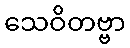
သေဝိတဗ္ဗာ